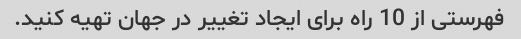
فهرستی از 10 راه برای ایجاد تغییر در جهان تهیه کنید.